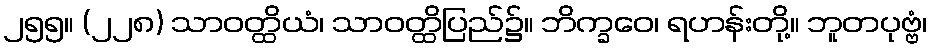
၂၅၅။ (၂၂၈) သာဝတ္ထိယံ၊ သာဝတ္ထိပြည်၌။ ဘိက္ခဝေ၊ ရဟန်းတို့။ ဘူတပုဗ္ဗံ၊